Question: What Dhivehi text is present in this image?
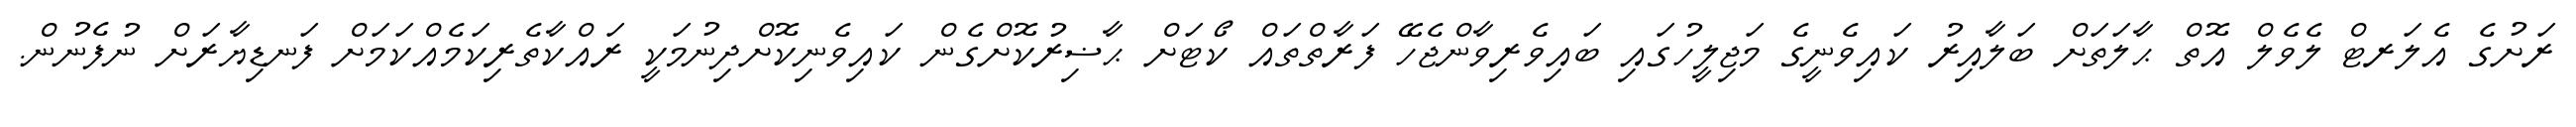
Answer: ރަށުގެ އެލަރޓް ލެވެލް އޮތް ޙާލަތަށް ބަލާއިރު ކައިވެނީގެ މަޖިލީހުގައި ބައިވެރިވާންޖެހޭ ފަރާތްތައް ކޯޓަށް ޙާޟިރުކޮށްގެން ކައިވެނިކޮށްދިނުމަކީ ރައްކާތެރިކަމެއްކަމަށް ފަނޑިޔާރަށް ނުފެނުން.